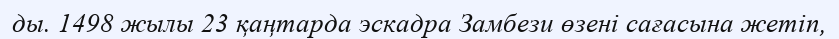
ды. 1498 жылы 23 қаңтарда эскадра Замбези өзені сағасына жетіп,